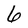
Character: 6